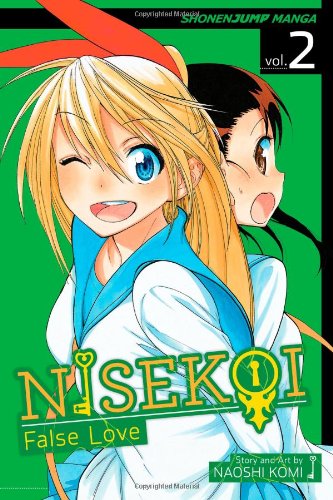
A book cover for Nisekoi: False Love, Vol. 2: Zawsze in Love; Naoshi Komi; Comics & Graphic Novels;